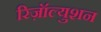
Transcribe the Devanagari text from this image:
रिज़ॉल्युशन